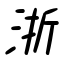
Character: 浙